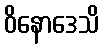
ဝိနောဒေသိ